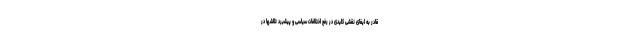
قادر به ایفای نقشی کلیدی در رفع اختلافات سیاسی و پیشبرد تلاشها در